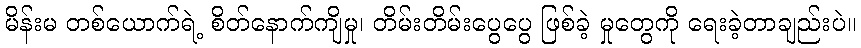
မိန်းမ တစ်ယောက်ရဲ့ စိတ်နောက်ကျိမှု၊ တိမ်းတိမ်းပွေပွေ ဖြစ်ခဲ့ မှုတွေကို ရေးခဲ့တာချည်းပဲ။